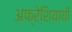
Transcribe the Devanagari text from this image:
अफ्रेशियायी